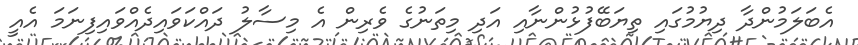
އެބަލަމުންދާ ދިޔުމުގައި ތިޔަބޭފުޅުންނާއި އަދި މިތަނުގެ ވެރިން އެ މިސާލު ދައްކަވައިދެއްވައިފިނަމަ އެއީ